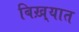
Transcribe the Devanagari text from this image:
बिख़्यात